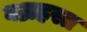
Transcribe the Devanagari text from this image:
वज्रहस्त